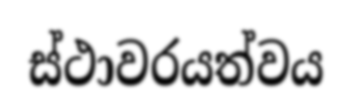
ස්ථාවරයත්වය